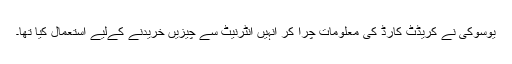
یوسوکی نے کریڈٹ کارڈ کی معلومات چرا کر انہیں انٹرنیٹ سے چیزیں خریدنے کےلیے استعمال کیا تھا۔